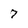
Character: 7